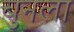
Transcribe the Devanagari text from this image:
चुनला